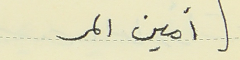
أمين المر